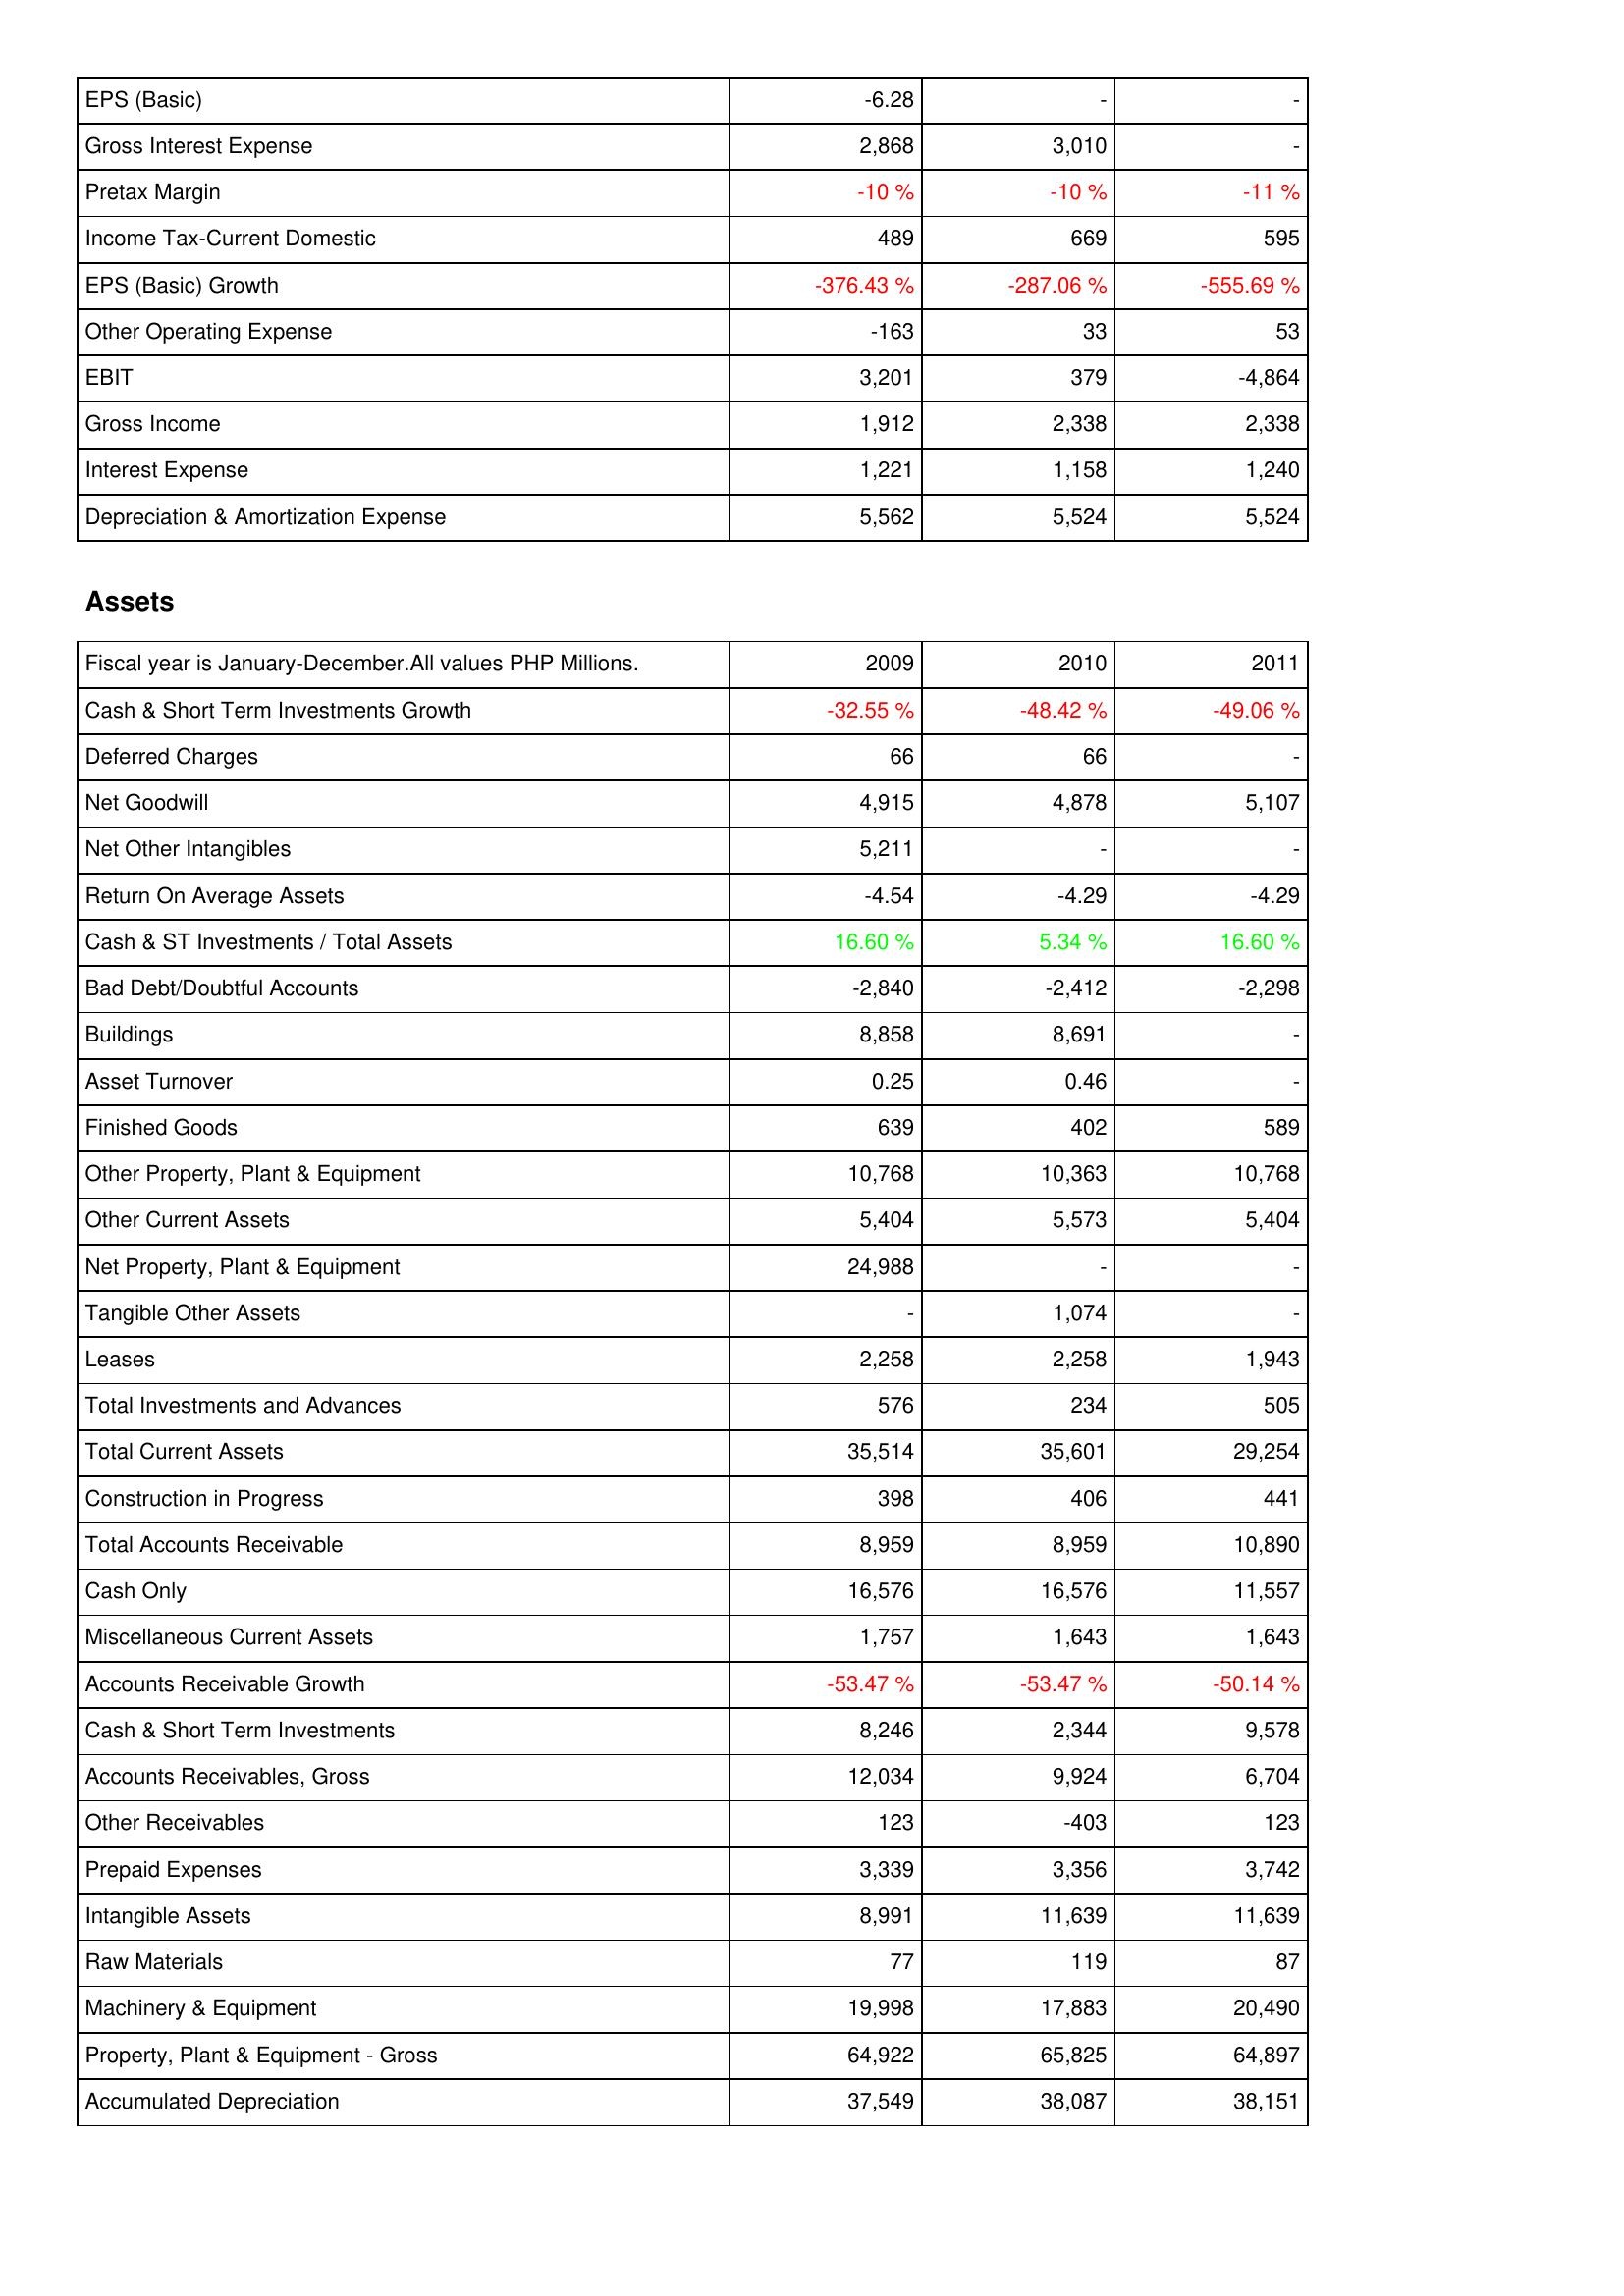
2009: Income Statement: EPS (Basic): -6.28
Gross Interest Expense: 2,868
Pretax Margin: -10 %
Income Tax-Current Domestic: 489
EPS (Basic) Growth: -376.43 %
Other Operating Expense: -163
EBIT: 3,201
Gross Income: 1,912
Interest Expense: 1,221
Depreciation & Amortization Expense: 5,562
Assets: Cash & Short Term Investments Growth: -32.55 %
Deferred Charges: 66
Net Goodwill: 4,915
Net Other Intangibles: 5,211
Return On Average Assets: -4.54
Cash & ST Investments / Total Assets: 16.60 %
Bad Debt/Doubtful Accounts: -2,840
Buildings: 8,858
Asset Turnover: 0.25
Finished Goods: 639
Other Property, Plant & Equipment: 10,768
Other Current Assets: 5,404
Net Property, Plant & Equipment: 24,988
Tangible Other Assets: -
Leases: 2,258
Total Investments and Advances: 576
Total Current Assets: 35,514
Construction in Progress: 398
Total Accounts Receivable: 8,959
Cash Only: 16,576
Miscellaneous Current Assets: 1,757
Accounts Receivable Growth: -53.47 %
Cash & Short Term Investments: 8,246
Accounts Receivables, Gross: 12,034
Other Receivables: 123
Prepaid Expenses: 3,339
Intangible Assets: 8,991
Raw Materials: 77
Machinery & Equipment: 19,998
Property, Plant & Equipment - Gross: 64,922
Accumulated Depreciation: 37,549
2010: Income Statement: EPS (Basic): -
Gross Interest Expense: 3,010
Pretax Margin: -10 %
Income Tax-Current Domestic: 669
EPS (Basic) Growth: -287.06 %
Other Operating Expense: 33
EBIT: 379
Gross Income: 2,338
Interest Expense: 1,158
Depreciation & Amortization Expense: 5,524
Assets: Cash & Short Term Investments Growth: -48.42 %
Deferred Charges: 66
Net Goodwill: 4,878
Net Other Intangibles: -
Return On Average Assets: -4.29
Cash & ST Investments / Total Assets: 5.34 %
Bad Debt/Doubtful Accounts: -2,412
Buildings: 8,691
Asset Turnover: 0.46
Finished Goods: 402
Other Property, Plant & Equipment: 10,363
Other Current Assets: 5,573
Net Property, Plant & Equipment: -
Tangible Other Assets: 1,074
Leases: 2,258
Total Investments and Advances: 234
Total Current Assets: 35,601
Construction in Progress: 406
Total Accounts Receivable: 8,959
Cash Only: 16,576
Miscellaneous Current Assets: 1,643
Accounts Receivable Growth: -53.47 %
Cash & Short Term Investments: 2,344
Accounts Receivables, Gross: 9,924
Other Receivables: -403
Prepaid Expenses: 3,356
Intangible Assets: 11,639
Raw Materials: 119
Machinery & Equipment: 17,883
Property, Plant & Equipment - Gross: 65,825
Accumulated Depreciation: 38,087
2011: Income Statement: EPS (Basic): -
Gross Interest Expense: -
Pretax Margin: -11 %
Income Tax-Current Domestic: 595
EPS (Basic) Growth: -555.69 %
Other Operating Expense: 53
EBIT: -4,864
Gross Income: 2,338
Interest Expense: 1,240
Depreciation & Amortization Expense: 5,524
Assets: Cash & Short Term Investments Growth: -49.06 %
Deferred Charges: -
Net Goodwill: 5,107
Net Other Intangibles: -
Return On Average Assets: -4.29
Cash & ST Investments / Total Assets: 16.60 %
Bad Debt/Doubtful Accounts: -2,298
Buildings: -
Asset Turnover: -
Finished Goods: 589
Other Property, Plant & Equipment: 10,768
Other Current Assets: 5,404
Net Property, Plant & Equipment: -
Tangible Other Assets: -
Leases: 1,943
Total Investments and Advances: 505
Total Current Assets: 29,254
Construction in Progress: 441
Total Accounts Receivable: 10,890
Cash Only: 11,557
Miscellaneous Current Assets: 1,643
Accounts Receivable Growth: -50.14 %
Cash & Short Term Investments: 9,578
Accounts Receivables, Gross: 6,704
Other Receivables: 123
Prepaid Expenses: 3,742
Intangible Assets: 11,639
Raw Materials: 87
Machinery & Equipment: 20,490
Property, Plant & Equipment - Gross: 64,897
Accumulated Depreciation: 38,151